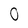
Character: 0